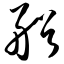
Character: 艏